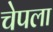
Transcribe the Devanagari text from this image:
चेपला